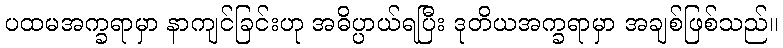
ပထမအက္ခရာမှာ နာကျင်ခြင်းဟု အဓိပ္ပာယ်ရပြီး ဒုတိယအက္ခရာမှာ အချစ်ဖြစ်သည်။